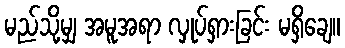
မည်သို့မျှ အမူအရာ လှုပ်ရှားခြင်း မရှိချေ။